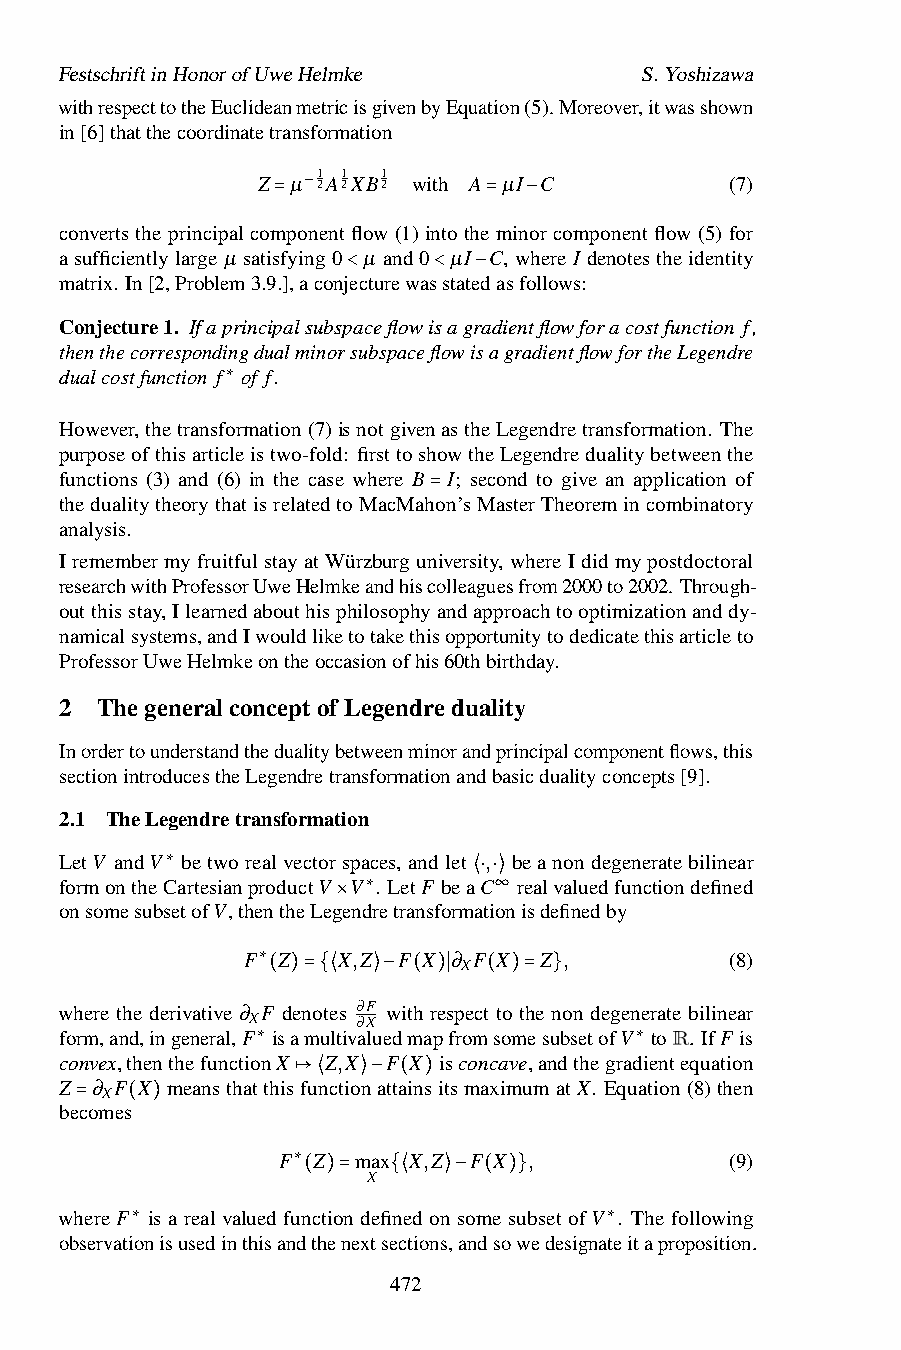
FestschriftinHonorofUweHelmke         S.Yoshizawa
 withrespecttotheEuclideanmetricisgivenbyEquation(5).Moreover,itwasshown
 in[6]thatthecoordinatetransformation
 1 1 1
 Z µ 2A2XB2 with A µI C         (7)
 −
 converts the principal com=ponent flow (1) into the=min−or component flow (5) for
 asufficientlylarge µ satisfying0 µ and0 µI C,whereI denotestheidentity
 matrix. In[2,Problem3.9.],aconjecturewasstatedasfollows:
 <     < −
 Conjecture1. Ifaprincipalsubspaceflowisagradientflowforacostfunction f,
 thenthecorrespondingdualminorsubspaceflowisagradientflowfortheLegendre
 dualcostfunction f of f.
 ∗
 However,thetransformation(7)isnotgivenastheLegendretransformation. The
 purposeofthisarticleistwo-fold: firsttoshowtheLegendredualitybetweenthe
 functions (3) and (6) in the case where B I; second to give an application of
 thedualitytheorythatisrelatedtoMacMahon’sMasterTheoremincombinatory
 analysis.               =
 IremembermyfruitfulstayatWürzburguniversity, whereIdidmypostdoctoral
 researchwithProfessorUweHelmkeandhiscolleaguesfrom2000to2002.Through-
 outthisstay,Ilearnedabouthisphilosophyandapproachtooptimizationanddy-
 namicalsystems,andIwouldliketotakethisopportunitytodedicatethisarticleto
 ProfessorUweHelmkeontheoccasionofhis60thbirthday.
 2 ThegeneralconceptofLegendreduality
 Inordertounderstandthedualitybetweenminorandprincipalcomponentflows,this
 sectionintroducestheLegendretransformationandbasicdualityconcepts[9].
 2.1 TheLegendretransformation
 LetV andV betworealvectorspaces, andlet , beanondegeneratebilinear
 formontheC∗artesianproductV V . LetF beaC realvaluedfunctiondefined
 onsomesubsetofV,thentheLegend∗retransform⟨a⋅ti⋅ ∞o⟩nisdefinedby
 ×
 F Z   X,Z F X ∂ F X Z ,         (8)
 X
 ∗
 where the derivative ∂ F(d)en=o{te⟨s ∂F⟩−with( r)e∣spect(to)t=he n}on degenerate bilinear
 X       ∂X
 form,and,ingeneral,F isamultivaluedmapfromsomesubsetofV toR. IfF is
 convex,thenthefunctio∗nX Z,X F X isconcave,andthegrad∗ientequation
 Z ∂ F X meansthatthisfunctionattainsitsmaximumatX. Equation(8)then
 X
 becomes         ↦⟨  ⟩− ( )
 =  ( )
 F  Z max X,Z F X ,            (9)
 X
 ∗
 ( )=  {⟨ ⟩− ( )}
 where F is a real valued function defined on some subset ofV . The following
 observati∗onisusedinthisandthenextsections,andsowedesigna∗teitaproposition.
 472